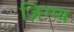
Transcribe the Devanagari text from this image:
ज़िग्ग्य